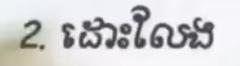
2. ដោះលែង